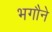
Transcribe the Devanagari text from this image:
भगौने